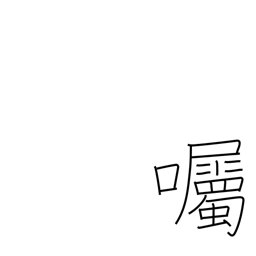
Meaning: send a message